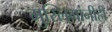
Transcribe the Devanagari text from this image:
मुस्लिमांनीही